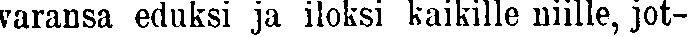
varansa eduksi ja iloksi kaikille niille, jot-